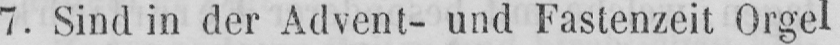
7. Sind in der Advent- und Fastenzeit Orgel